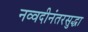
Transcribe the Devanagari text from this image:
नव्वदीनंतरसुद्धा